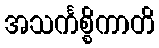
အသင်္ကစ္စိကာတိ